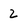
Character: 2